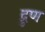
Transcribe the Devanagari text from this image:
द्रुण